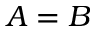
A = B